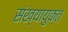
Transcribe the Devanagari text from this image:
संख्यायुक्त